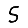
Digit: 5